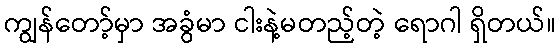
ကျွန်တော့်မှာ အခွံမာ ငါးနဲ့မတည့်တဲ့ ရောဂါ ရှိတယ်။